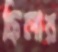
হ্নিলার